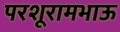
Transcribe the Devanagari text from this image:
परशूरामभाऊ